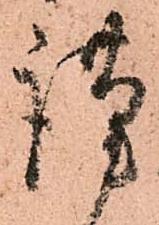
謹